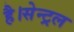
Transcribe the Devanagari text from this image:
है।सेन्ट्रल